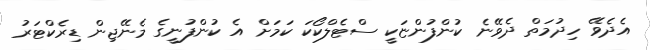
އެދެވޭ ހިދުމަތް ދެވޭނެ ކުންފުންޏަކީ ސްޓެލްކޯކަ ކަމަށް އެ ކުންފުނީގެ މެނޭޖިން ޑިރެކްޓަރު